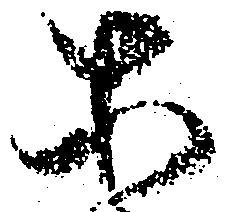
等